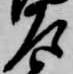
左